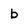
Character: b